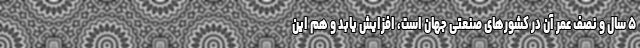
۵ سال و نصف عمر آن در کشورهای صنعتی جهان است، افزایش یابد و هم این